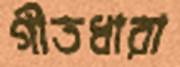
গীতধারা